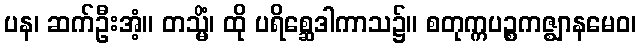
ပန၊ ဆက်ဦးအံ့။ တသ္မိံ၊ ထို ပရိစ္ဆေဒါကာသ၌။ စတုက္ကပဉ္စကဇ္ဈာနမေဝ၊